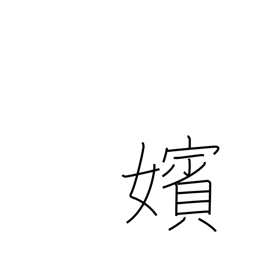
Meaning: marriage